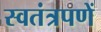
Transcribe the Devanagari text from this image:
स्वतंत्रपणें